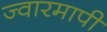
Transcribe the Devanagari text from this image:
ज्वारमापी